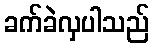
ခက်ခဲလှပါသည်